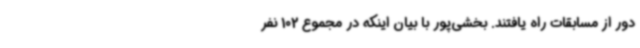
دور از مسابقات راه یافتند. بخشی‌پور با بیان اینکه در مجموع 102 نفر